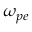
\omega _ { p e }